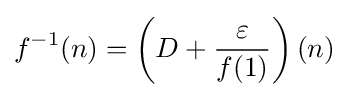
f^{-1}(n)=\left(D+{\frac {\varepsilon }{f(1)}}\right)(n)